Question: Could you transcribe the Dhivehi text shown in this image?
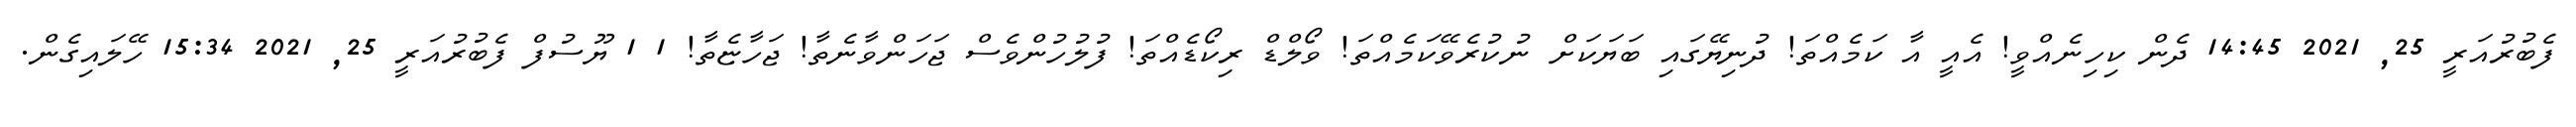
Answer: ފެބުރުއަރީ 25, 2021 14:45 ދެން ކިހިނެއްވީ! އެއީ އާ ކަމެއްތަ! ދުނިޔޭގައި ބަޔަކަށް ނުކުރެވޭކަމެއްތަ! ވޯލްޑް ރިކޯޑެއްތަ! ފުލުހުންވެސް ޖަހަންވާނެތާ! ޖަހާޏެތާ! 1 1 ޔޫސުފް ފެބުރުއަރީ 25, 2021 15:34 ހޭލައިގެން.